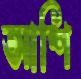
আশি